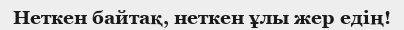
Неткен байтақ, неткен ұлы жер едің!